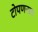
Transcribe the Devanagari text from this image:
टोपणनावः